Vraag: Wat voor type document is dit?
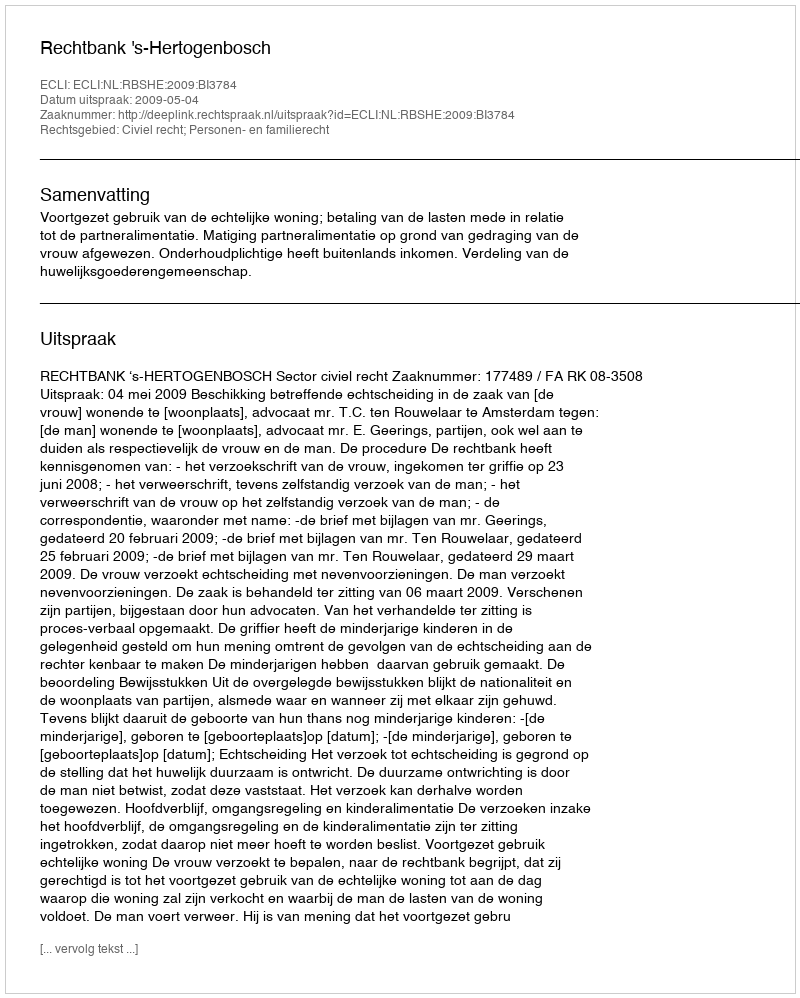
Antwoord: Uitspraak